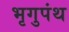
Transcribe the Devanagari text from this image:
भृगुपंथ